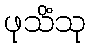
ဖုသိံသု